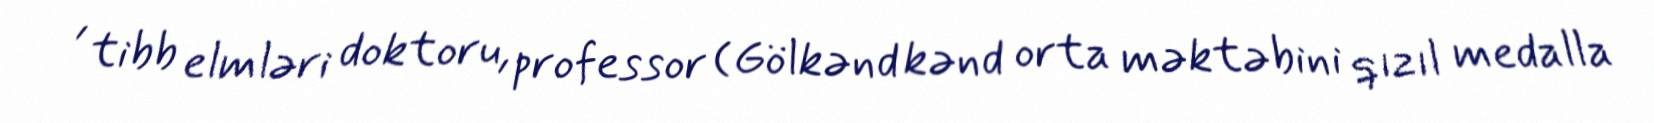
, tibb elmləri doktoru, professor (Gölkənd kənd orta məktəbini qızıl medalla